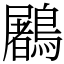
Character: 鷵